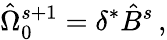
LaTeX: {\hat{\Omega}}_{0}^{s+1}=\delta^{*}{\hat{B}}^{s}\, ,